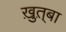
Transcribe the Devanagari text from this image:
ख़ुत़्बा